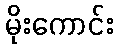
မိုးကောင်း